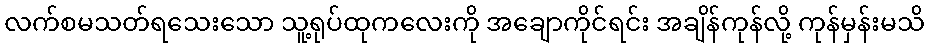
လက်စမသတ်ရသေးသော သူ့ရုပ်ထုကလေးကို အချောကိုင်ရင်း အချိန်ကုန်လို့ ကုန်မှန်းမသိ